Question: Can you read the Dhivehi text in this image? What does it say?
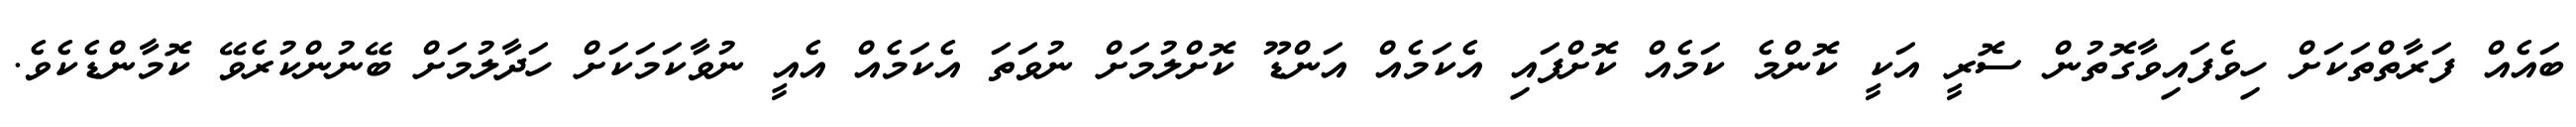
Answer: ބައެއް ފަރާތްތަކަށް ހިވެފައިވާގޮތުން ސޮރީ އަކީ ކޮންމެ ކަމެއް ކޮށްފައި އެކަމެއް އަންޑޫ ކޮށްލުމަށް ނުވަތަ އެކަމެއް އެއީ ނުވާކަމަކަށް ހަދާލުމަށް ބޭނުންކުރެވޭ ކޮމާންޑެކެވެ.